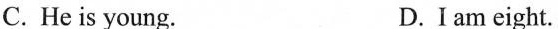
C.He is young. D.Iam eight.